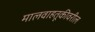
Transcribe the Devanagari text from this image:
मालवाहतूकीवरील